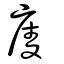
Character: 庱